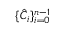
\{ \hat { C } _ { i } \} _ { i = 0 } ^ { n - 1 }